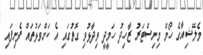
މެލޭޝިއާގެ ހޯމް މިނިސްޓަރު ޒާހިދު ހަމީދީ ވިދާޅުވި ގޮތުގައި އެ ކަށްވަޅުތައް ފެނިފައި